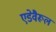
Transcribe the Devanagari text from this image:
एडेवैरूल